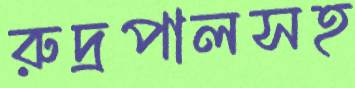
রুদ্রপালসহ